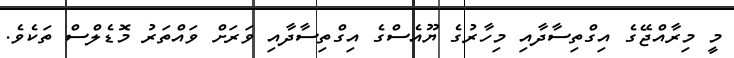
މީ މިރާއްޖޭގެ އިގްތިސާދާއި މިހާރުގެ ޔޫއެސްގެ އިގްތިސާދާއި ވަރަށް ވައްތަރު މޮޑެލްސް ތަކެވެ.